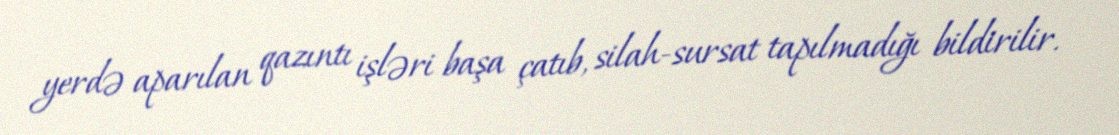
yerdə aparılan qazıntı işləri başa çatıb, silah-sursat tapılmadığı bildirilir.